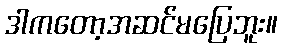
ဒါကတော့အဆင်မပြေဘူး။